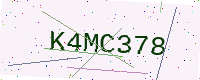
Text: K4MC378